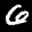
Label: 6